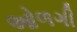
ઓળગી